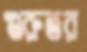
গুরুতর